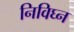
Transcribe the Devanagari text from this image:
निविघ्न